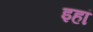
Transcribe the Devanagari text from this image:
इहां